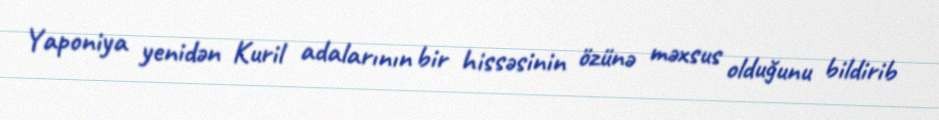
Yaponiya yenidən Kuril adalarının bir hissəsinin özünə məxsus olduğunu bildirib